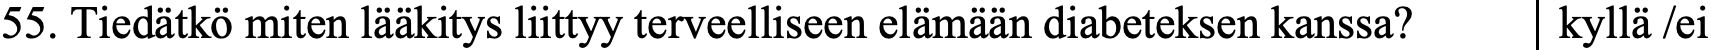
55. Tiedätkö miten lääkitys liittyy terveelliseen elämään diabeteksen kanssa? kyllä /ei